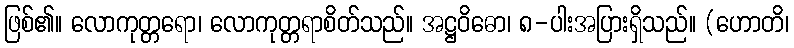
ဖြစ်၏။ လောကုတ္တရော၊ လောကုတ္တရာစိတ်သည်။ အဋ္ဌဝိဓော၊ ၈-ပါးအပြားရှိသည်။ (ဟောတိ၊